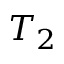
T _ { 2 }